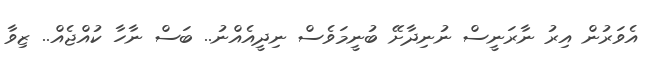
އެވަރުން އިރު ނާރަނީސް ނުނިދާށޭ ބުނީމަވެސް ނިދީއެއްނު.. ބަސް ނާހާ ކުއްޖެއް.. ޒިވާ